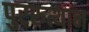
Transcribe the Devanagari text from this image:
पुररुत्थान